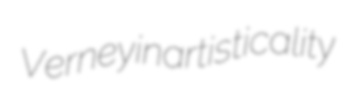
Verney inartisticality